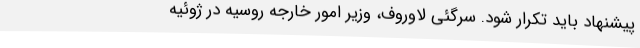
پیشنهاد باید تکرار شود. سرگئی لاوروف، وزیر امور خارجه روسیه در ژوئیه